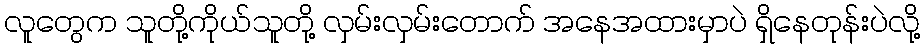
လူတွေက သူတို့ကိုယ်သူတို့ လှမ်းလှမ်းတောက် အနေအထားမှာပဲ ရှိနေတုန်းပဲလို့